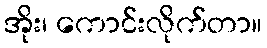
အိုး၊ ကောင်းလိုက်တာ။